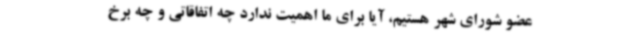
عضو شورای شهر هستیم، آیا برای ما اهمیت ندارد چه اتفاقاتی و چه برخ